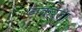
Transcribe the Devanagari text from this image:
नकरता